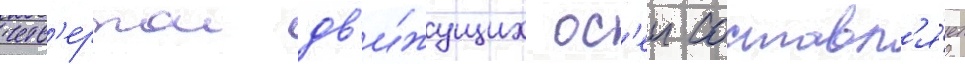
четв'ертои дв'и́жущих ос'еи составл'я́ет